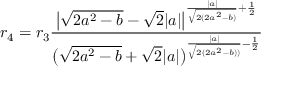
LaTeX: r _ { 4 } = r _ { 3 } \frac { \big | \sqrt { 2 a ^ { 2 } - b } - \sqrt { 2 } | a | \big | ^ { \frac { | a | } { \sqrt { 2 ( 2 a ^ { 2 } - b ) } } + \frac { 1 } { 2 } } } { \big ( \sqrt { 2 a ^ { 2 } - b } + \sqrt { 2 } | a | \big ) ^ { \frac { | a | } { \sqrt { 2 ( 2 a ^ { 2 } - b ) ) } } - \frac { 1 } { 2 } } }